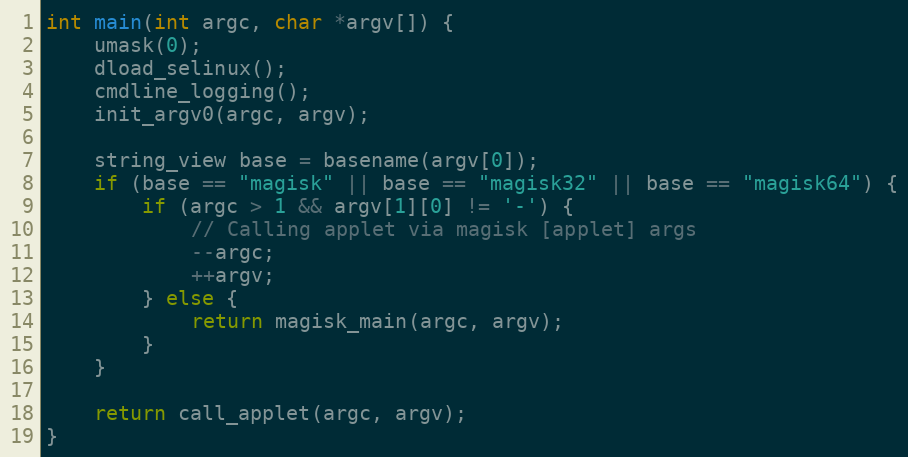
Language: C++
int main(int argc, char *argv[]) {
    umask(0);
    dload_selinux();
    cmdline_logging();
    init_argv0(argc, argv);

    string_view base = basename(argv[0]);
    if (base == "magisk" || base == "magisk32" || base == "magisk64") {
        if (argc > 1 && argv[1][0] != '-') {
            // Calling applet via magisk [applet] args
            --argc;
            ++argv;
        } else {
            return magisk_main(argc, argv);
        }
    }

    return call_applet(argc, argv);
}